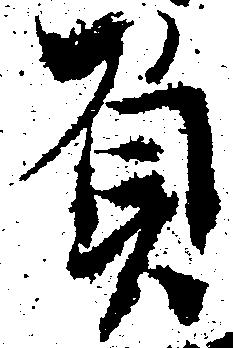
負